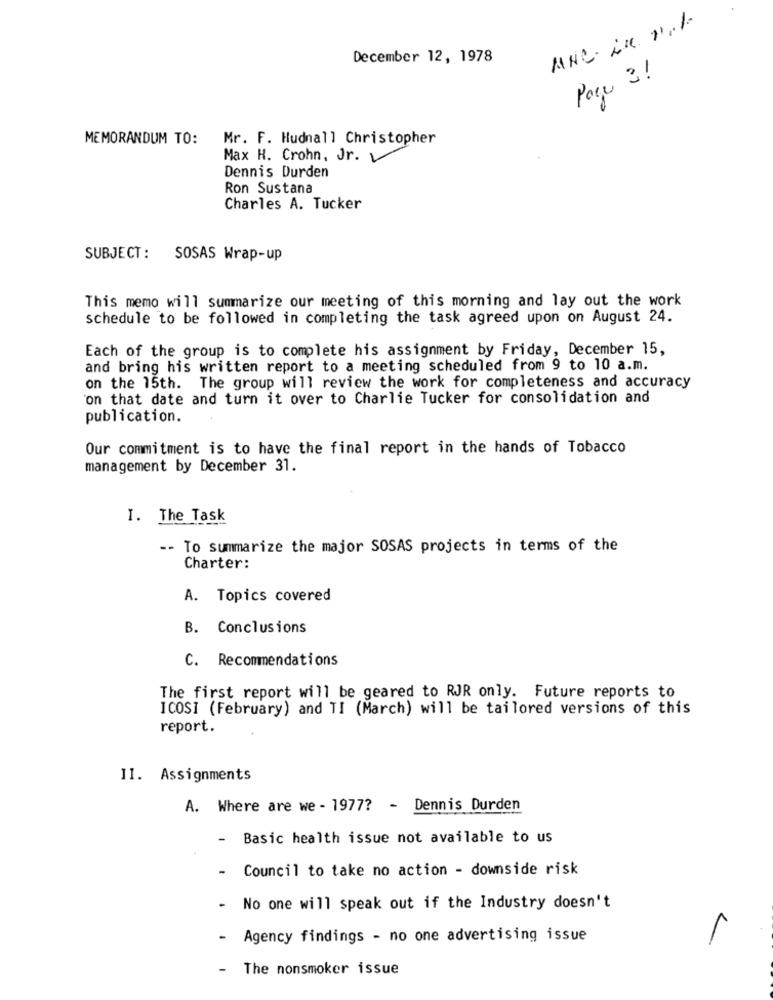
ANC. in 1.1
December 12, 1978
Page 3!
MEMORANDUM TO:
Mr. F. Hudnall Christopher
Max H. Crohn, Jr. y
Dennis Durden
Ron Sustana
Charles A. Tucker
SUBJECT: SOSAS Wrap-up
This memo will summarize our meeting of this morning and lay out the work
schedule to be followed in completing the task agreed upon on August 24.
Each of the group is to complete his assignment by Friday, December 15,
and bring his written report to a meeting scheduled from 9 to 10 a.m.
on the 15th. The group will review the work for completeness and accuracy
on that date and turn it over to Charlie Tucker for consolidation and
publication.
Our commitment is to have the final report in the hands of Tobacco
management by December 31.
I. The Task
-- To summarize the major SOSAS projects in terms of the
Charter:
A. Topics covered
B. Conclusions
C. Recommendations
The first report will be geared to RJR only. Future reports to
ICOSI (February) and TI (March) will be tailored versions of this
report.
II. Assignments
A. Where are we - 1977? - Dennis Durden
-
Basic health issue not available to us
Council to take no action - downside risk
-
No one will speak out if the Industry doesn't
-
Agency findings - no one advertising issue
- The nonsmoker issue